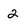
Character: 2